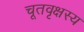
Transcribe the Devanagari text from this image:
चूतवृक्षस्य